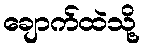
ချောက်ထဲသို့